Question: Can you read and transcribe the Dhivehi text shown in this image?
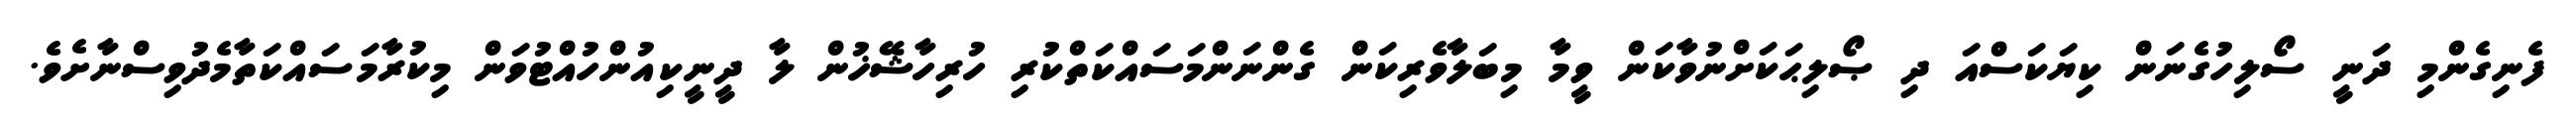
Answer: ފެނިގެންމި ދަނީ ސޯލިހުގެނަން ކިޔަކަސްއަ ދި ޞޯލިޙަކަށްނުވާކަން ވީމާ މިބަލާވެރިކަން ގެންނަންމަސައްކަތްކުރި ހުރިހާޝޭޚުން ލާ ދީނީކިއުންހުއްޓުވަން މިކުރާމަސައްކަތާމެދުވިސްނާށެވެ.